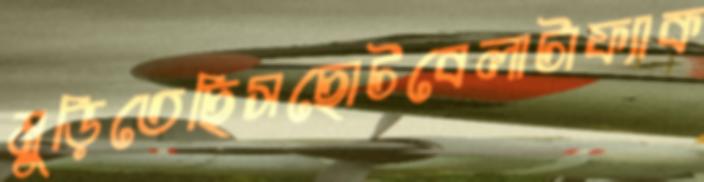
মুড়িতেছিসছোটবেলাটাফ্যাক